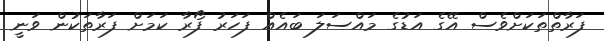
ފަރާތްތަކަށްވެސް އޭގެ އަޑުގެ މައްސަލަ ބައެއް ފަހަރު ފޯރާ ކަމަށް ފަރާތަކުން ވަނީ